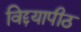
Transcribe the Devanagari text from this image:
विद्दयापीठ